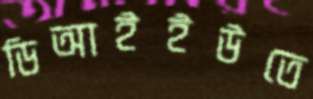
ডিআইইউতে